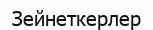
Зейнеткерлер